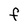
Character: F